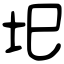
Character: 圯